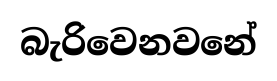
බැරිවෙනවනේ